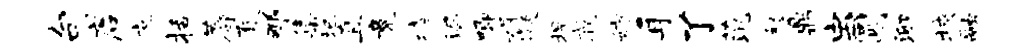
句店庶括蓐底那集圮直竟堵漏唧娟凝捍戚妨耳了范怒鼎虫圆泖挟融